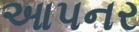
આપનર